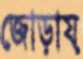
জোড়ায়